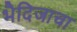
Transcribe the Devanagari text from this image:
भैदिजाचा